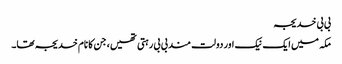
بی بی خدیجہ
مکہ میں ایک نیک اور دولت مند بی بی رہتی تھیں، جن کا نام خدیجہ تھا۔